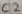
Text: C2